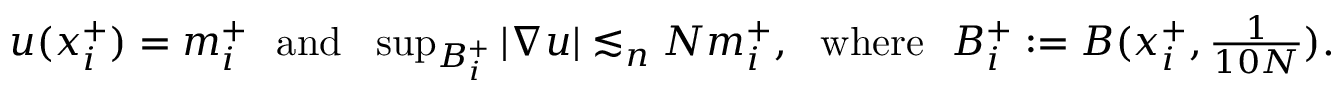
\begin{array} { r } { u ( x _ { i } ^ { + } ) = m _ { i } ^ { + } \mathrm { ~ } \mathrm { ~ a n d ~ } \mathrm { ~ } \operatorname* { s u p } _ { B _ { i } ^ { + } } | \nabla u | \lesssim _ { n } { N } m _ { i } ^ { + } , \mathrm { ~ } \mathrm { ~ w h e r e ~ } \mathrm { ~ } B _ { i } ^ { + } : = B ( x _ { i } ^ { + } , \frac { 1 } { 1 0 N } ) . } \end{array}